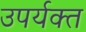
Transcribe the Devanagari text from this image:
उपर्यक्त